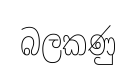
බලකණු